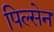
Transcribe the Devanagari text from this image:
पिल्सेन